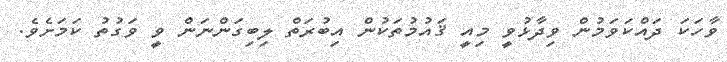
ވާހަކަ ދައްކަވަމުން ވިދާޅުވީ މިއީ ޤައުމުތަކުން އިބުރަތް ލިބިގަންނަން ވީ ވަގުތު ކަމަށެވެ.